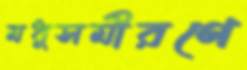
মধুসমীরণে